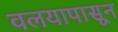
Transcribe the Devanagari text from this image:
वलयापासून